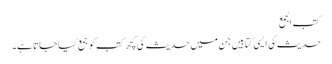
کتب الجمع
حدیث کی ایسی کتابیں جن میں حدیث کی کچھ کتب کو جمع کیا جاتا ہے۔